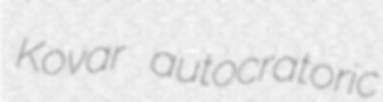
Kovar autocratoric